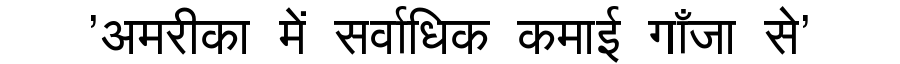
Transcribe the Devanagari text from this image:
'अमरीका में सर्वाधिक कमाई गाँजा से'